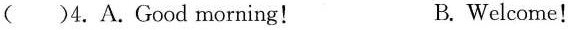
( )4.A.Good morning！ B. Welcome！